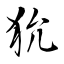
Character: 狁